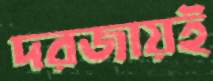
দরজায়ই